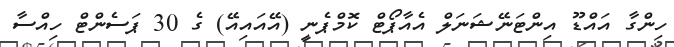
ހިންގާ އައްޑޫ އިންޓަނޭޝަނަލް އެއާޕޯޓް ކޮމްޕެނީ (އޭއައިއޭ) ގެ 30 ޕަސެންޓް ހިއްސާ